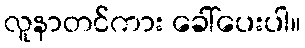
လူနာတင်ကား ခေါ်ပေးပါ။